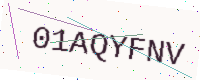
Text: 01AQYFNV